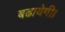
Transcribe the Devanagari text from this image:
बढायेगी।